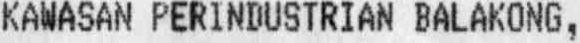
KAWASAN PERINDUSTRIAN BALAKONG,